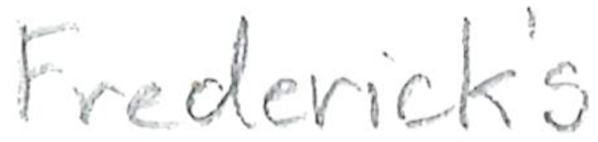
Text: Frederick's
Cross-out: clean
Writing tool: pencil